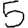
Digit: 5